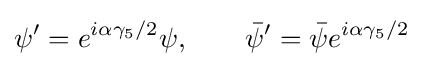
\psi '=e^{i\alpha \gamma _{5}/2}\psi ,\ \ \ \ \ \ {\bar {\psi }}'={\bar {\psi }}e^{i\alpha \gamma _{5}/2}